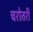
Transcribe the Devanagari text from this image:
चरोतरी